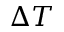
\Delta T